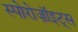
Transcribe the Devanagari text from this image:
स्पोरोज़ॉइट्स